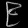
Digit: ၉